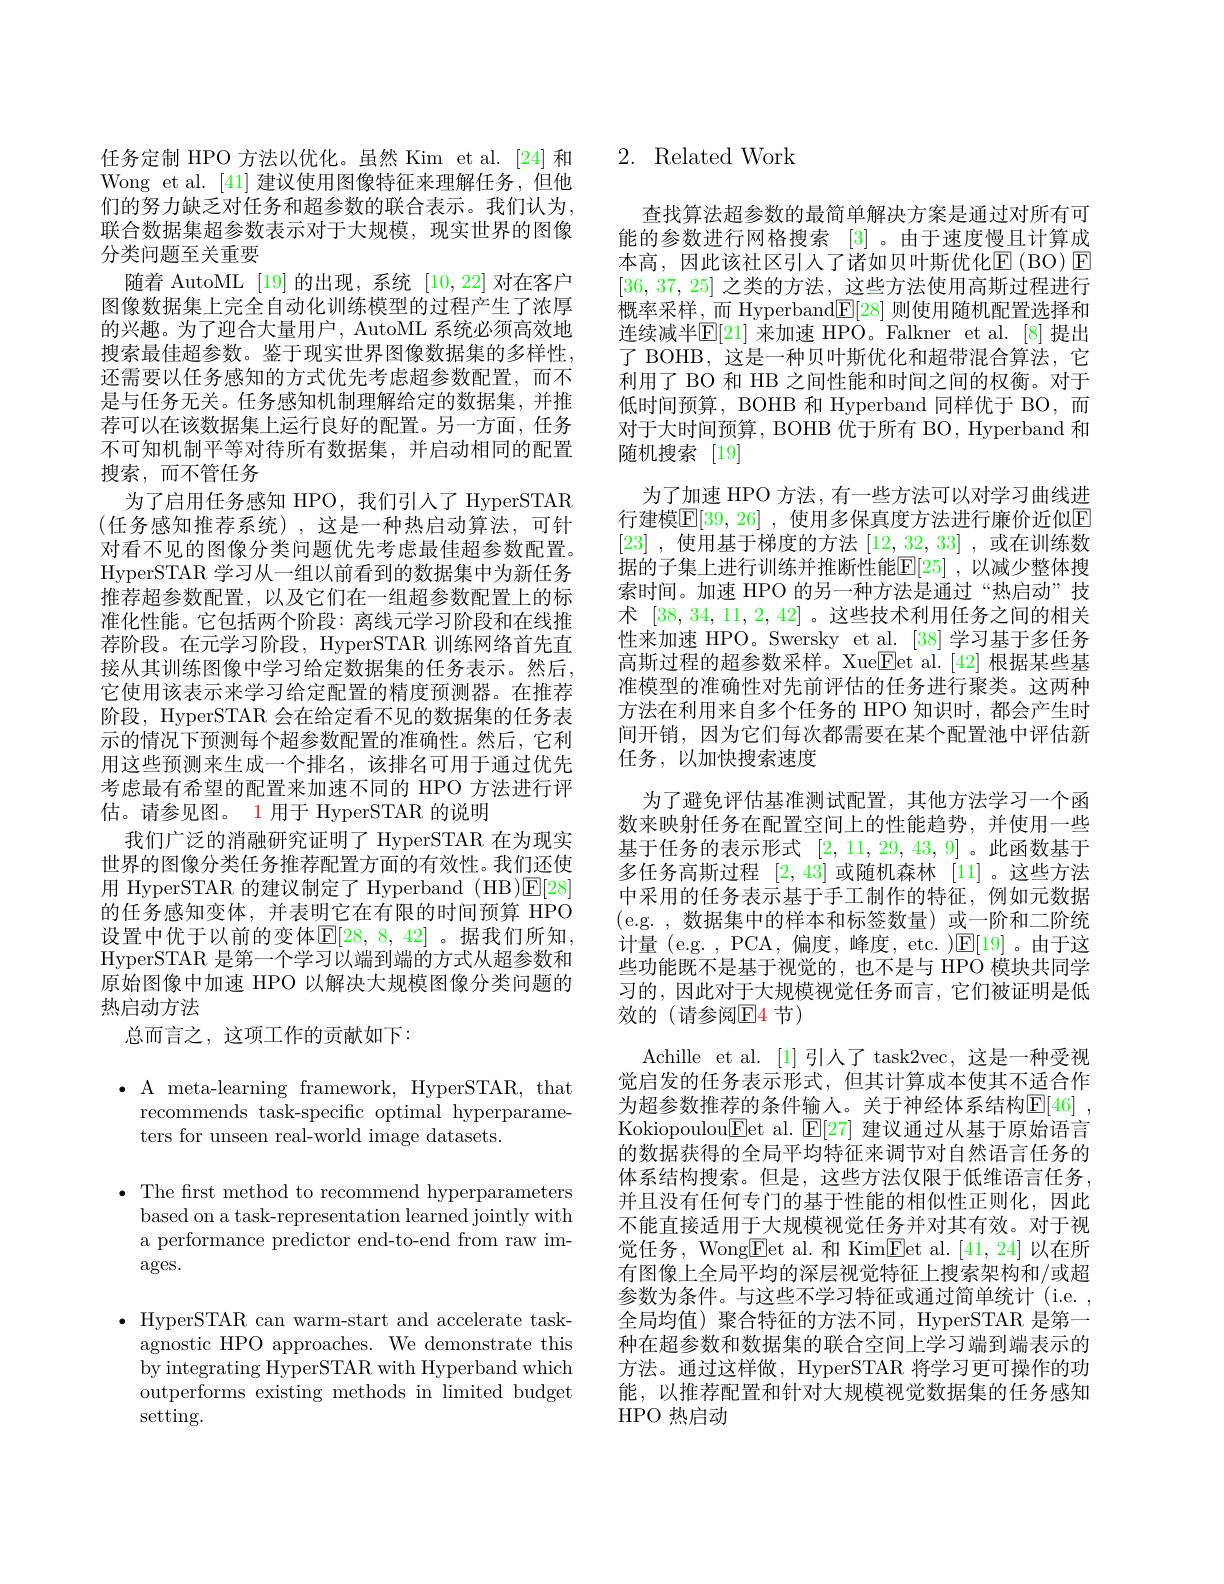
Wong et al. [41]建议使用图像特征来理解任务，但他们的努力缺乏对任务和超参数的联合表示。我们认为， 联合数据集超参数表示对于大规模，现实世界的图像分类问题至关重要
随着 AutoML [19]的出现，系统[10,22]对在客户图像数据集上完全自动化训练模型的过程产生了浓厚的兴趣。为了迎合大量用户，AutoML 系统必须高效地搜索最佳超参数。鉴于现实世界图像数据集的多样性， 还需要以任务感知的方式优先考虑超参数配置，而不是与任务无关。任务感知机制理解给定的数据集，并推荐可以在该数据集上运行良好的配置。另一方面，任务不可知机制平等对待所有数据集，并启动相同的配置搜索，而不管任务
为了启用任务感知 HPO,我们引人了 HyperSTAR (任务感知推荐系统),这是一种热启动算法，可针对看不见的图像分类问题优先考虑最佳超参数配置。HyperSTAR 学习从一组以前看到的数据集中为新任务推荐超参数配置，以及它们在一组超参数配置上的标准化性能。它包括两个阶段：离线元学习阶段和在线推荐阶段。在元学习阶段，HyperSTAR 训练网络首先直接从其训练图像中学习给定数据集的任务表示。然后， 它使用该表示来学习给定配置的精度预测器。在推荐阶段，HyperSTAR 会在给定看不见的数据集的任务表示的情况下预测每个超参数配置的准确性。然后，它利用这些预测来生成一个排名，该排名可用于通过优先考虑最有希望的配置来加速不同的 HPO 方法进行评估。请参见图。1 用于 HyperSTAR 的说明
我们广泛的消融研究证明了 HyperSTAR 在为现实世界的图像分类任务推荐配置方面的有效性。我们还使用 HyperSTAR 的建议制定了 Hyperband (HB)E[28] 的任务感知变体，并表明它在有限的时间预算 HPO 设置中优于以前的变体$\mathbb{E}[28,8,42]$ 。据我们所知， HyperSTAR 是第一个学习以端到端的方式从超参数和原始图像中加速 HPO 以解决大规模图像分类问题的热启动方法
总而言之，这项工作的贡献如下：

$\bullet$ A meta-learning framework, HyperSTAR, that
recommends task-specific optimal hyperparame-
ters for unseen real-world image datasets.

· The first method to recommend hyperparameters
based on a task-representation learned jointly with a performance predictor end-to-end from raw im- $\operatorname{ages.}$

$\bullet$ HyperSTAR can warm-start and accelerate task-
agnostic HPO approaches. We demonstrate this by integrating HyperSTAR with Hyperband which outperforms existing methods in limited budget setting.

## 任务定制 HPO 方法以优化。虽然 Kim et al.[24] 和 2. Related Work

查找算法超参数的最简单解决方案是通过对所有可能的参数进行网格搜索[3] 。由于速度慢且计算成本高，因此该社区引入了诸如贝叶斯优化$\operatorname{E}(\operatorname{BO})\operatorname{E}$ [36,37,25]之类的方法，这些方法使用高斯过程进行概率采样\_而 Hyperband$\underline{\mathbb{F}}[28]$则使用随机配置选择和连续减半$\mathbb{E}[21]$ 来加速 HPO。Falkner et al.[8]提出了 BOHB, 这是一种贝叶斯优化和超带混合算法，它利用了 BO 和 HB 之间性能和时间之间的权衡。对于低时间预算，BOHB 和 Hyperband 同样优于 BO,而对于大时间预算，BOHB 优于所有 BO, Hyperband 和随机搜索[19]
为了加速 HPO 方法，有一些方法可以对学习曲线进行建模$\mathbb{E}[39,26]$ ,使用多保真度方法进行廉价近似E [23] ,使用基于梯度的方法[12,32,33] ,或在训练数据的子集上进行训练并推断性能E[25] ,以减少整体搜索时间。加速 HPO 的另一种方法是通过“热启动”技术[38,34,11,2,42] 。这些技术利用任务之间的相关性来加速 HPO。Swersky et al. [38]学习基于多任务高斯过程的超参数采样。Xue$\boxed{\mathrm{Fet~al.~[42]~}}$根据某些基准模型的准确性对先前评估的任务进行聚类。这两种方法在利用来自多个任务的 HPO 知识时，都会产生时间开销，因为它们每次都需要在某个配置池中评估新任务，以加快搜索速度
为了避免评估基准测试配置，其他方法学习一个函数来映射任务在配置空间上的性能趋势，并使用一些基于任务的表示形式[2,11,29,43,9] 。此函数基于多任务高斯过程[2,43]或随机森林 [11]。这些方法中采用的任务表示基于手工制作的特征，例如元数据(e.g. , 数据集中的样本和标签数量)或一阶和二阶统计量(e.g.,PCA,偏度，峰度，etc.)$\mathbb{E}[19]$。由于这些功能既不是基于视觉的，也不是与 HPÖ 模块共同学习的，因此对于大规模视觉任务而言，它们被证明是低效的(请参阅$\mathbb{E}$4节)
Achille et al. [1]引人了 task2vec, 这是一种受视觉启发的任务表示形式，但其计算成本使其不适合作为超参数推荐的条件输人。关于神经体系结构$\mathbb{E} [ 46]$ , Kokiopoulou$\underline{\mathrm{Fet~al.~}}\underline{\mathrm{E[27]~}}$建议通过从基于原始语言的数据获得的全局平均特征来调节对自然语言任务的体系结构搜索。但是，这些方法仅限于低维语言任务， 并且没有任何专门的基于性能的相似性正则化，因此不能直接适用于大规模视觉任务并对其有效。对于视觉任务，Wong$\underline{\mathrm{Eet~al.~}}$和 Kim$\underline{\mathrm{Fet~al.~[41,24]~}}$以在所有图像上全局平均的深层视觉特征上搜索架构和/或超参数为条件。与这些不学习特征或通过简单统计 (i.e. , 全局均值) 聚合特征的方法不同，HyperSTAR 是第一种在超参数和数据集的联合空间上学习端到端表示的方法。通过这样做，HyperSTAR 将学习更可操作的功能，以推荐配置和针对大规模视觉数据集的任务感知HPO 热启动